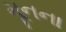
મૂનના